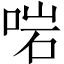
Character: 啱